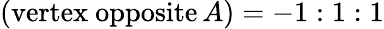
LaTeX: ({\mathrm{vertex~opposite}}\, A)=-1:1:1